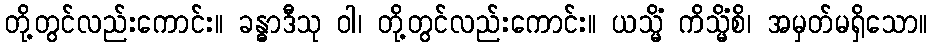
တို့တွင်လည်းကောင်း။ ခန္ဓာဒီသု ဝါ၊ တို့တွင်လည်းကောင်း။ ယသ္မိံ ကိသ္မိံစိ၊ အမှတ်မရှိသော။